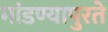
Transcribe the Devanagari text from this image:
मांडण्यापुरते